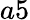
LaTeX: a5